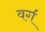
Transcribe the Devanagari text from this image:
वग॔